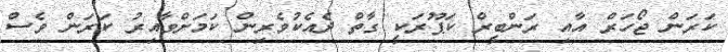
ކަރަން ޖޯހަރް އާއި ރަންބީރް ކަޕޫރަކީ ގާތް ދެއެކުވެރިން ކަމަށްވާއިރު ކަރަން ވެސް